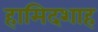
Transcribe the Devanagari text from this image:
हामिदशाह